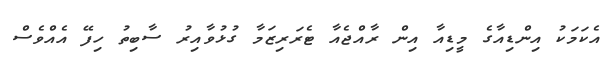
އެކަމަކު އިންޑިއާގެ މީޑިއާ އިން ރާއްޖެއާ ޓެރަރިޒަމާ ގުޅުވާއިރު ސާބިތު ހިފޭ އެއްވެސް